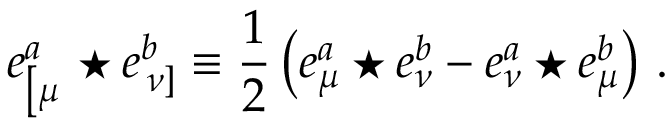
e _ { \left[ \mu \right. } ^ { a } \star e _ { \left. \nu \right] } ^ { b } \equiv \frac 1 2 \left( e _ { \mu } ^ { a } \star e _ { \nu } ^ { b } - e _ { \nu } ^ { a } \star e _ { \mu } ^ { b } \right) \, .